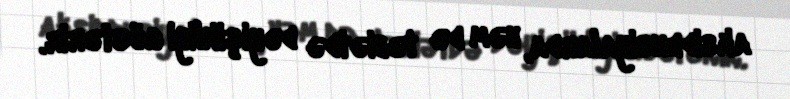
aksidensiyalarda, həm də təbiətdə dəyişikliyi göstərir.